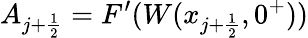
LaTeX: A_{j+\frac{1}{2}}=F^{\prime}(W(x_{j+\frac{1}{2}},0^{+}))